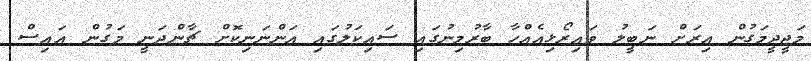
މަޖީދީމަގުން އިރަށް ނަބީލު ވައިރޯޅިއެއްހާ ބާރުމިނުގައި ސައިކަލުގައި އަންނަނިކޮށް ޗާންދަނީ މަގުން އައިސް